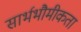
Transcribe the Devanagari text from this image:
सार्भभौमीकता